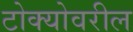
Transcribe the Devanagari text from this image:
टोक्योवरील